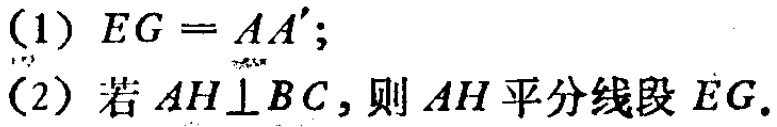
(1) \(EG = AA'\);
(2) 若 \(AH\perp BC\)，则 \(AH\)平分线段 \(EG\).